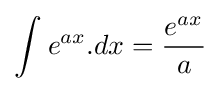
\int _{}^{}e^{ax}.dx={\frac {e^{ax}}{a}}